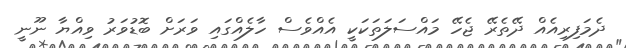
ދެމަފިރިއެއް ދޭތެރޭ ޖެހޭ މައްސަލަތަކަކީ އެއްވެސް ހާލެއްގައި ވަރަށް ބޮޑުވަރު ވިއްޔާ ނޫނީ